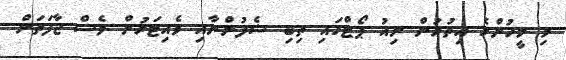
މި މީހުންގެ އިތުރުން ނިއު ޕޯޓްގައި ތިބި ޝެފުންނާއި ވެއިޓަރުން ވެސް ޖާފަތަށް